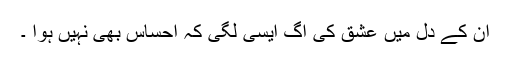
ان کے دل میں عشق کی آگ ایسی لگی کہ احساس بھی نہیں ہوا ۔